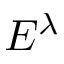
E ^ { \lambda }